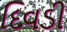
દિવડી